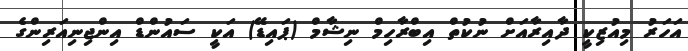
އަހަރު މިއުޒިކީ ދާއިރާއަށް ނުކުތް އިބްރާހިމް ނިޝާމް (ޕައިޑޭ) އަކީ ސައުންޑް އިންޖިނިއަރިންގެ